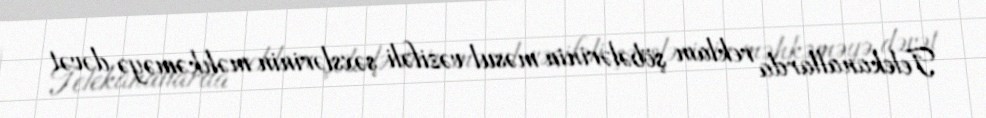
Telekanallarda reklam şöbələrinin məsul vəzifəli şəxslərinin məhkəməyə dəvət